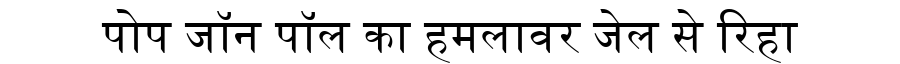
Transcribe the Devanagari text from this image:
पोप जॉन पॉल का हमलावर जेल से रिहा